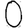
Digit: 0